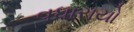
વધારાયો